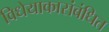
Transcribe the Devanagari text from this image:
विधेयाकासंबंधित